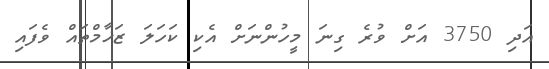
އަދި 3750 އަށް ވުރެ ގިނަ މީހުންނަށް އެކި ކަހަލަ ޒަޚާމްތައް ވެފައި